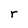
Character: r